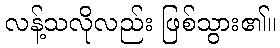
လန့်သလိုလည်း ဖြစ်သွား၏။